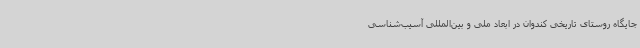
جایگاه روستای تاریخی کندوان در ابعاد ملی و بین‌المللی آسیب‌شناسی